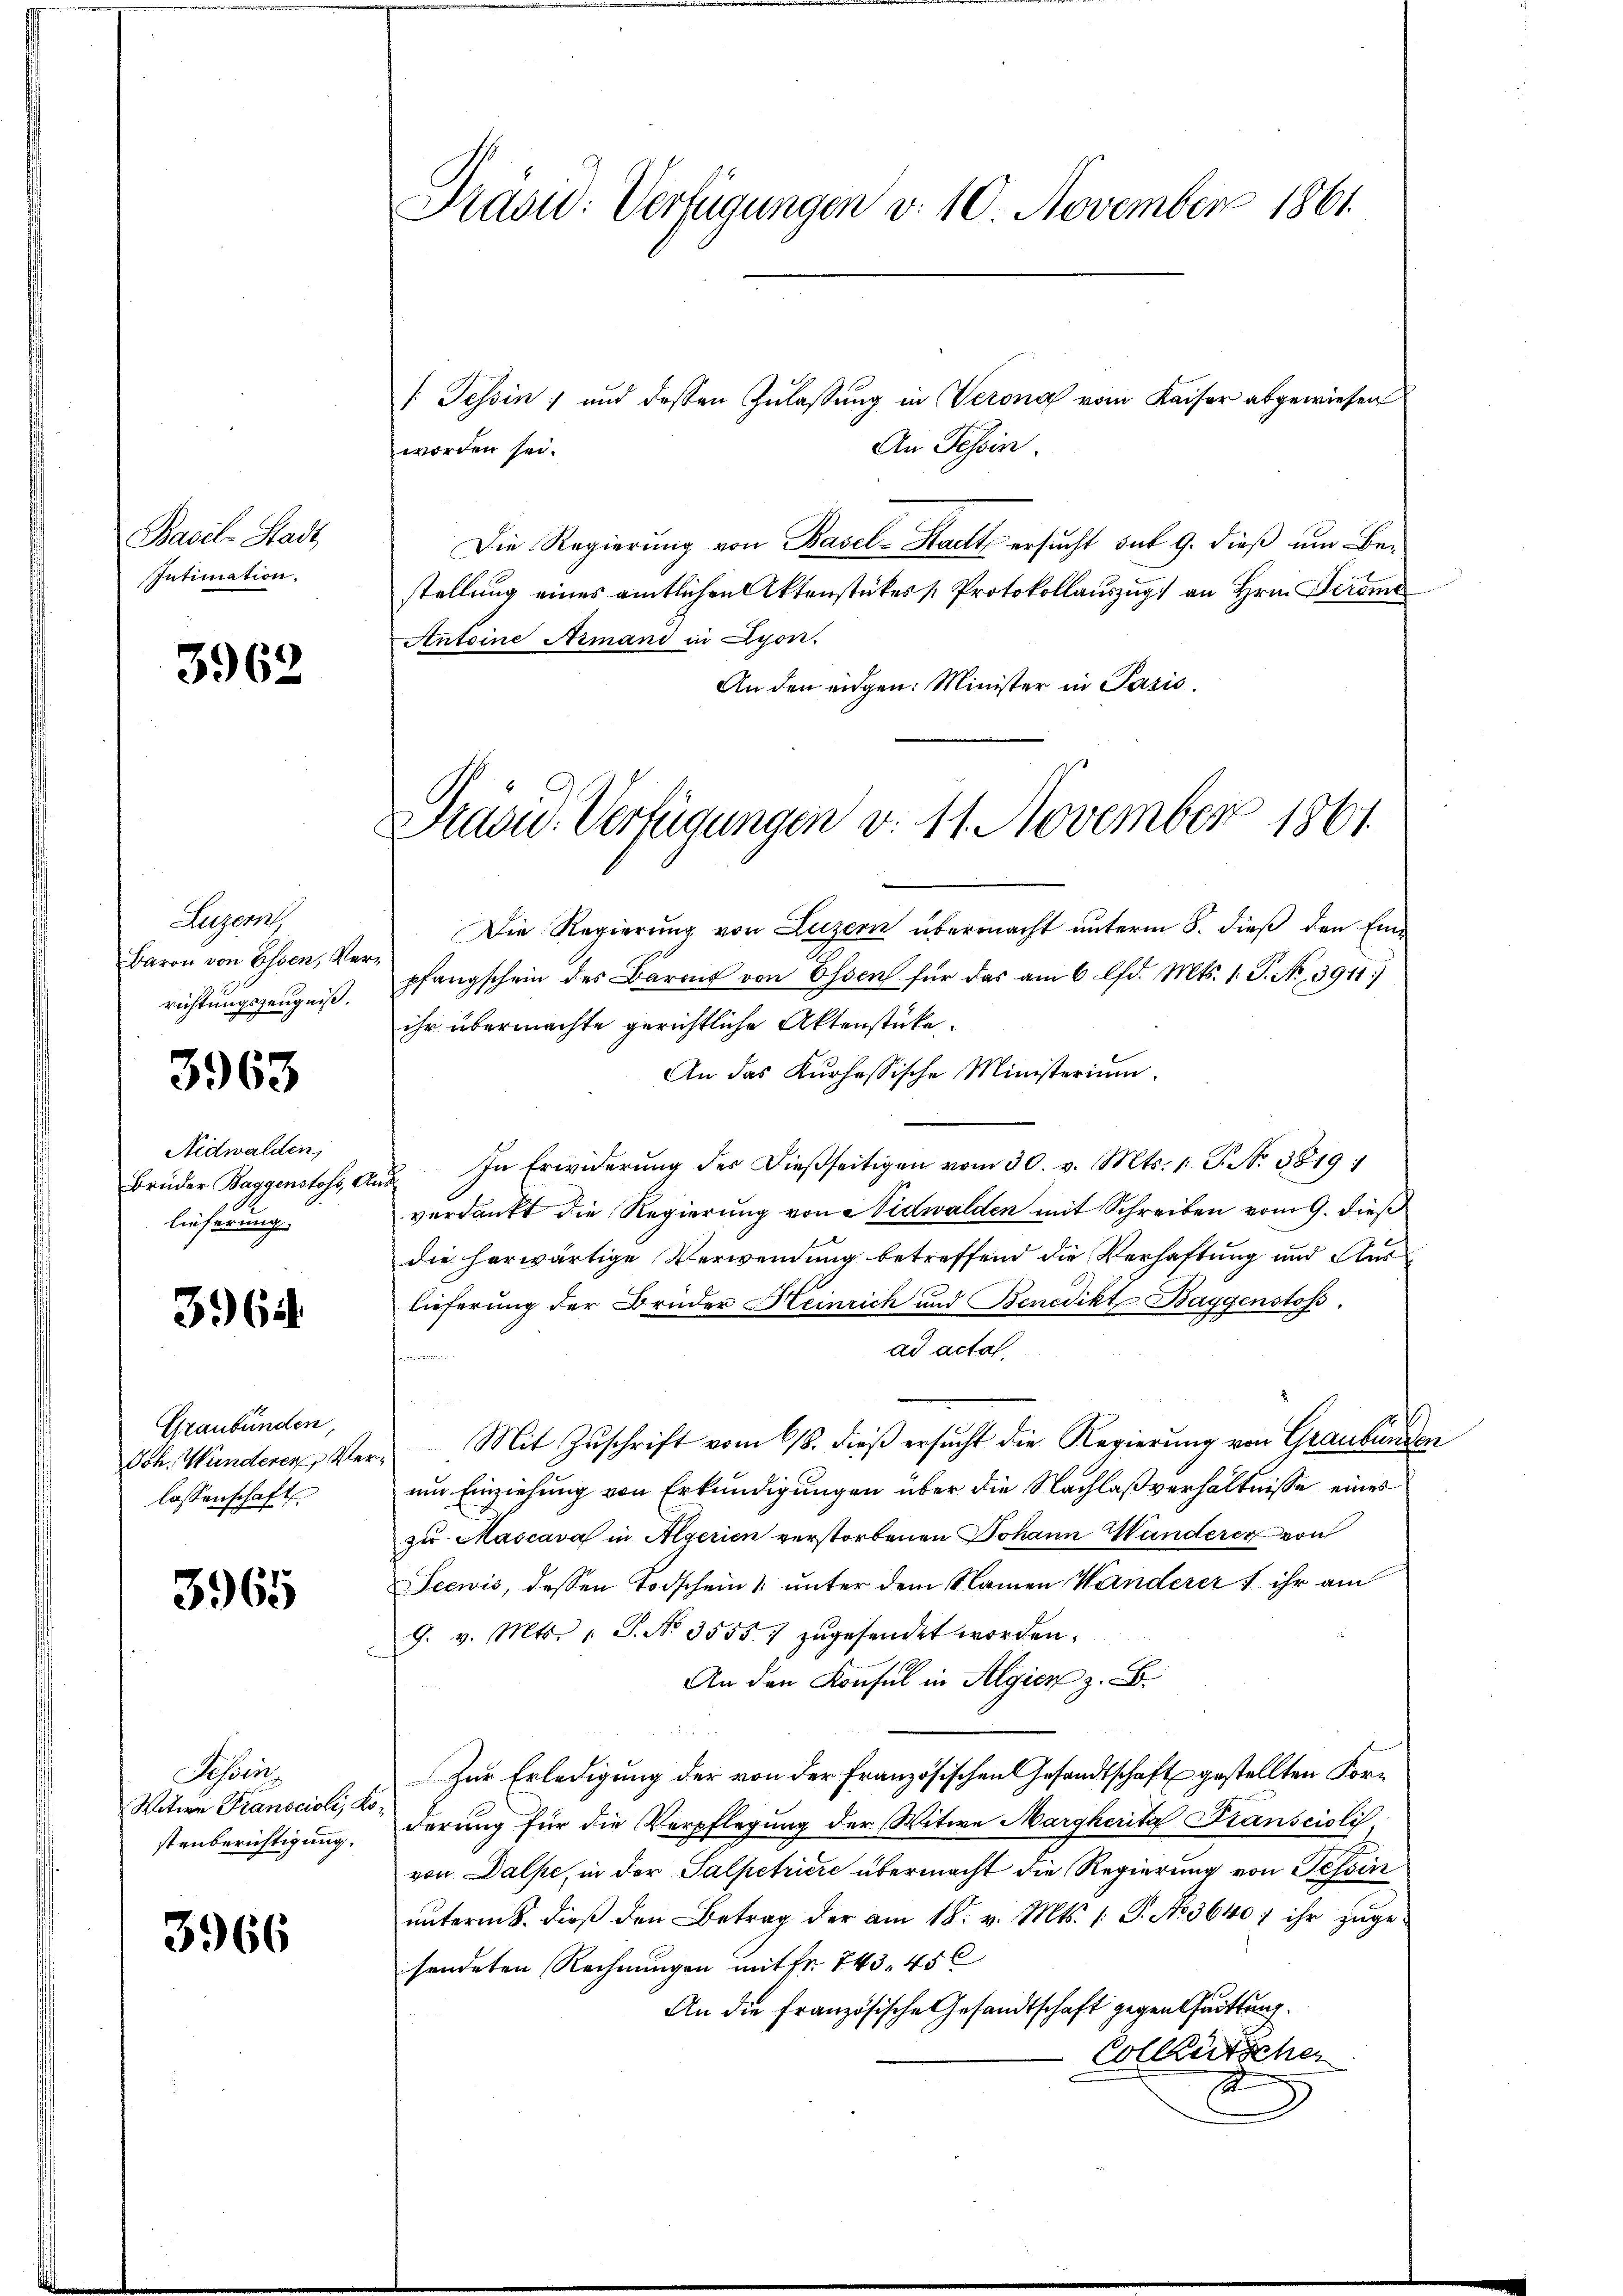
Basel-Stadt,
Intimation.

3962

Luzern,
Baron von Essen, Verrichtungszeugniß.

3963

Nidwalden,
Brüder Baggenstoss, Ar
lieferung.

3965.

Graubünden,
Joh. Wunderer Verlassenschaft

3965

Tessin
Witwe Franscioli
stenberichtigung,

3966

Prasid: Verfügungen v. 10. November 1861

f. Tessin und dessen Zulassung in Verona vom Kaiser abgewiesen
An Tessin.
worden sei.
Die Regierung von Basel-Stadt ersucht sub 9. dieß um Bestellung eines amtlichen Aktenstückes Protokollauszug an Hrn. Prome
Antoine Armand in Lyon.
An den eidgen: Minister in Paris.
Die Regierung von Luzern übermacht unterm 8. dieß den Einpfangschein des Barons von Essen für das am 6 lfd. Mts. 1. P. Nr. 3911)
ihr übermachte gerichtliche Aktenstücke.
An das Kurhessische Ministerium.
u. In Erwiderung des dießseitigen vom 30. v. Mts. 1. G. N. 3819:
verdankt die Regierung von Nidwalden mit Schreiben vom 9. dieß
die herwärtige Verwendung betreffend die Verhaftung und Auslieferung der Brüder Heinrich und Benedikt Baggenstoß.
ad acta.
Mit Zuschrift vom 6/8. dieß ersucht die Regierung von Graubünden
d
um Einziehung von Erkundigungen über die Nachlaßverhältnisse eines
zu Mascava in Algerien verstorbenen Johann Handerer von
Seewis, dessen Todschein & unter dem Namen Wanderer & ihr am
9. v. Mts. 1 S. No. 35557 zugesendet worden.
An den Konsul in Algien z. B.
Zur Erledigung der von der Französischen Gesandtschaft gestellten Forderung für die Verpflegung der Witwe Margherita Stanscioli
von Dalpe, in der Salpetriere übermacht die Regierung von Tessin
ŭnterm 8. dieß den Betrag der am 18. v. Mts. 1. P. No 3640; ihr zuge
sendeten Rechnungen mit fr. 743. 45 x
An die Französische Gesandtschaft gegen Quittung.
Colleütscher
2

Pravić-Verfügungen v. 11. November 1861